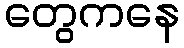
တွေကနေ